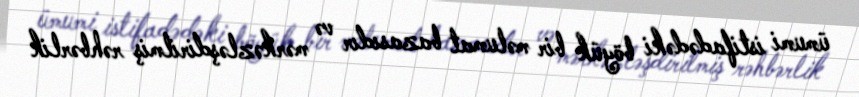
ümumi istifadədəki böyük bir məlumat bazasıdır və mərkəzləşdirilmiş rəhbərlik